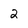
Character: 2